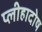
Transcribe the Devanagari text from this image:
प्लीहादोष